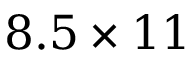
8 . 5 \times 1 1